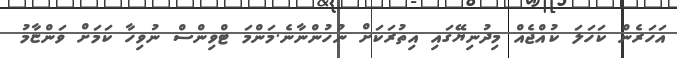
އަހަރެން ކަހަލަ ކުއްޖެއް މިދުނިޔޭގައި އިތުރަކަށް ނުހުންނާނެ.މަންމަ ޓްވިންސް ނުވިހާ ކަމަށް ވަންޏާމު